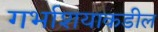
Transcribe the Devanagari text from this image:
गर्भाशयाकडील